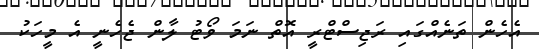
އެހެން ތަނެއްގައި ރަޖިސްޓްރީ އޮތް ނަމަ ވޯޓު ލާން ޖެހެނީ އެ މީހަކު